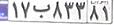
۱۷ب۸۳۳۷۱